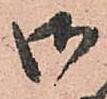
御